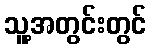
သူ့အတွင်းတွင်